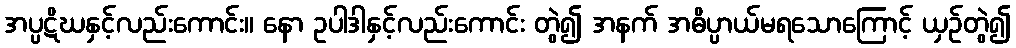
အပ္ပဋိဃနှင့်လည်းကောင်း။ နော ဥပါဒါနှင့်လည်းကောင်း တွဲ၍ အနက် အဓိပ္ပာယ်မရသောကြောင့် ယှဉ်တွဲ၍